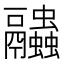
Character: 𧖓